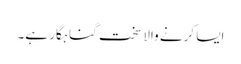
ایسا کرنے والا سخت گناہگار ہے۔